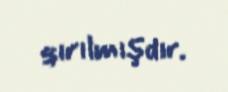
qırılmışdır.